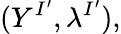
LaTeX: (Y^{I^{\prime}},\lambda^{I^{\prime}}),